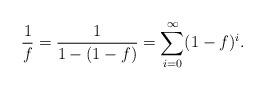
LaTeX: \begin{align*} \frac {1} {f} = \frac {1} {1 - (1 - f)} = \sum\limits_{i=0}^{\infty} (1-f)^i .\end{align*}